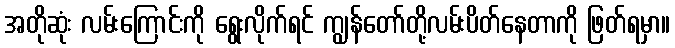
အတိုဆုံး လမ်းကြောင်းကို ရွေးလိုက်ရင် ကျွန်တော်တို့လမ်းပိတ်နေတာကို ဖြတ်ရမှာ။